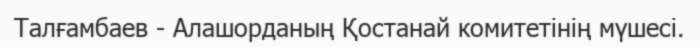
Талғамбаев - Алашорданың Қостанай комитетінің мүшесі.